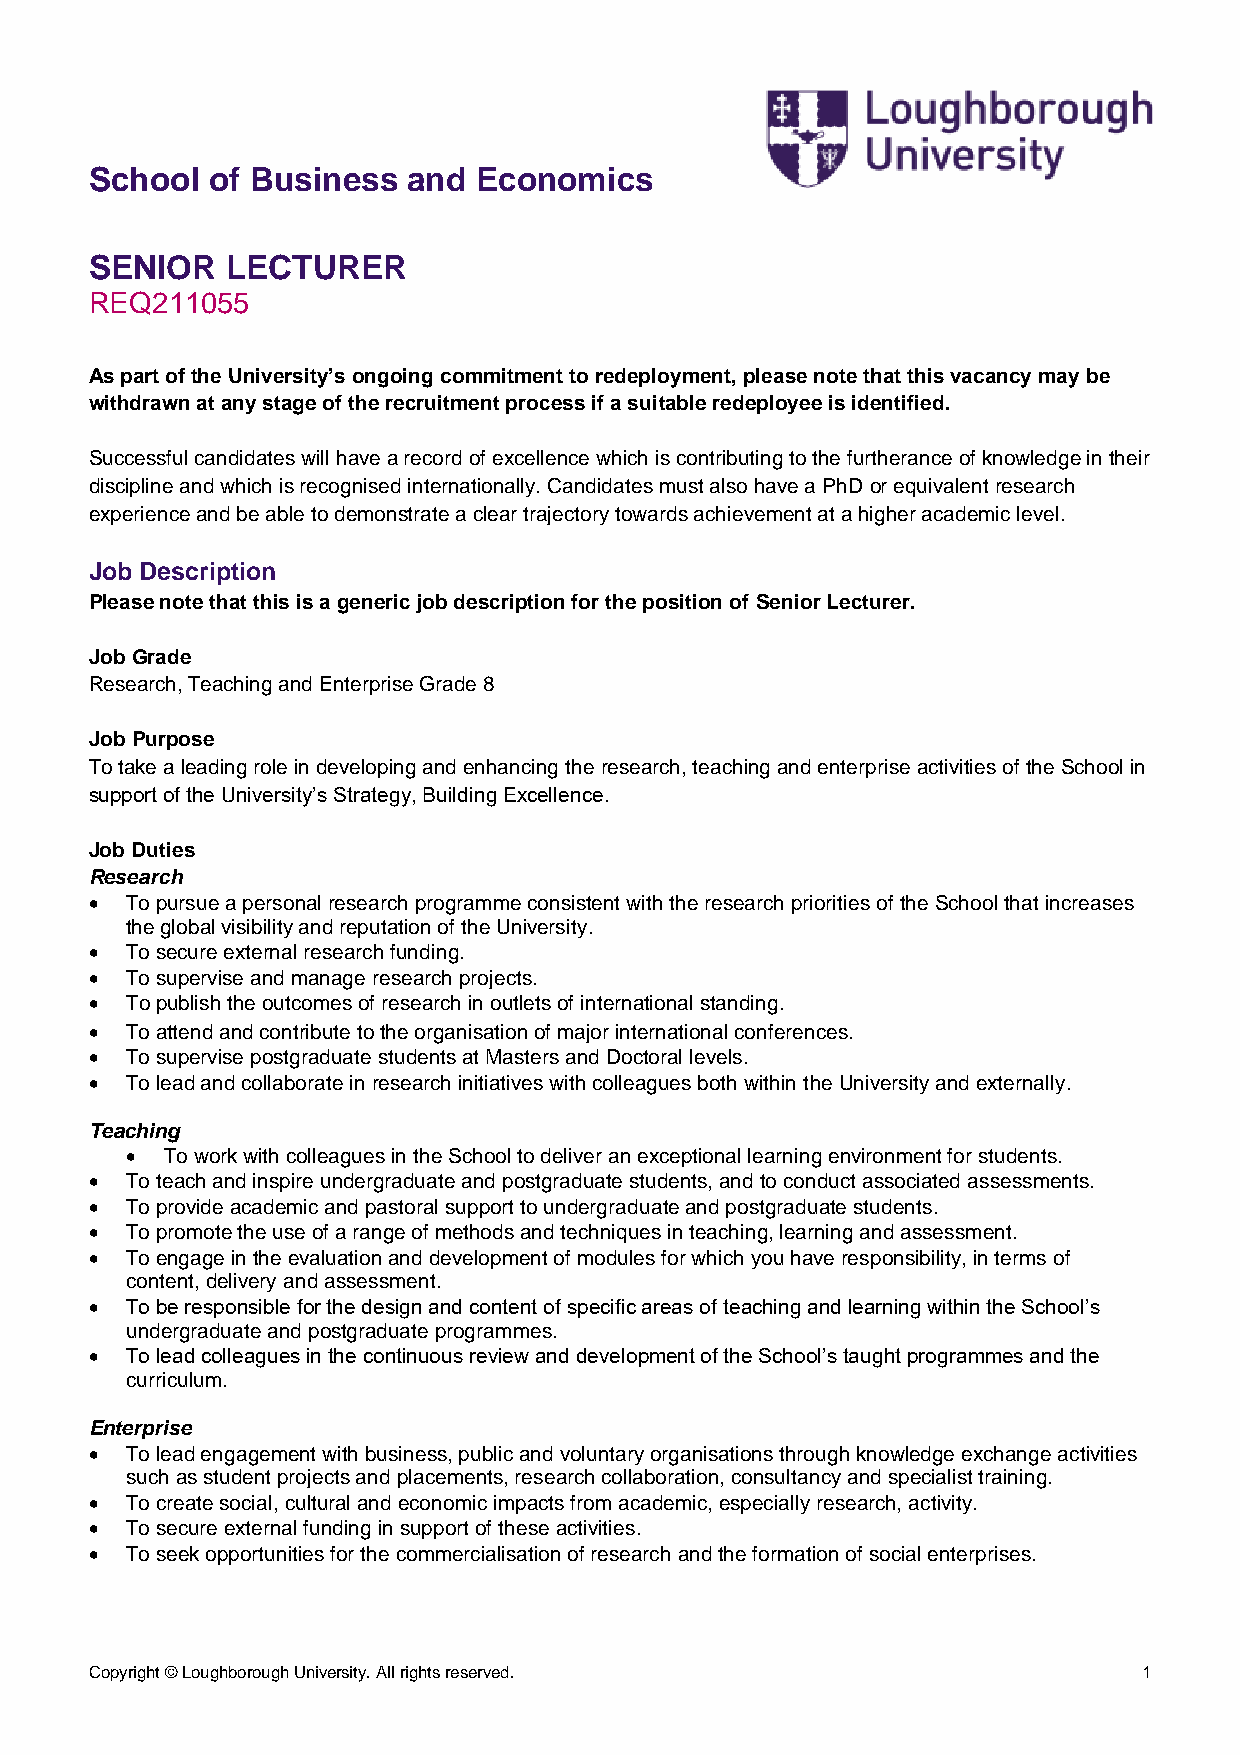
School  of Business  and Economics
 SENIOR   LECTURER
 REQ211055
 As part of the University’s ongoing commitment to redeployment, please note that this vacancy may be
 withdrawn at any stage of the recruitment process if a suitable redeployee is identified.
 Successful candidates will have a record of excellence which is contributing to the furtherance of knowledge in their
 discipline and which is recognised internationally. Candidates must also have a PhD or equivalent research
 experience and be able to demonstrate a clear trajectory towards achievement at a higher academic level.
 Job Description
 Please note that this is a generic job description for the position of Senior Lecturer.
 Job Grade
 Research, Teaching and Enterprise Grade 8
 Job Purpose
 To take a leading role in developing and enhancing the research, teaching and enterprise activities of the School in
 support of the University’s Strategy, Building Excellence.
 Job Duties
 Research
 • To pursue a personal research programme consistent with the research priorities of the School that increases
 the global visibility and reputation of the University.
 • To secure external research funding.
 • To supervise and manage research projects.
 • To publish the outcomes of research in outlets of international standing.
 • To attend and contribute to the organisation of major international conferences.
 • To supervise postgraduate students at Masters and Doctoral levels.
 • To lead and collaborate in research initiatives with colleagues both within the University and externally.
 Teaching
 •  To work with colleagues in the School to deliver an exceptional learning environment for students.
 • To teach and inspire undergraduate and postgraduate students, and to conduct associated assessments.
 • To provide academic and pastoral support to undergraduate and postgraduate students.
 • To promote the use of a range of methods and techniques in teaching, learning and assessment.
 • To engage in the evaluation and development of modules for which you have responsibility, in terms of
 content, delivery and assessment.
 • To be responsible for the design and content of specific areas of teaching and learning within the School’s
 undergraduate and postgraduate programmes.
 • To lead colleagues in the continuous review and development of the School’s taught programmes and the
 curriculum.
 Enterprise
 • To lead engagement with business, public and voluntary organisations through knowledge exchange activities
 such as student projects and placements, research collaboration, consultancy and specialist training.
 • To create social, cultural and economic impacts from academic, especially research, activity.
 • To secure external funding in support of these activities.
 • To seek opportunities for the commercialisation of research and the formation of social enterprises.
 Copyright © Loughborough University. All rights reserved.             1